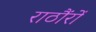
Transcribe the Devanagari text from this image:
राठौंरों